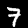
Digit: 7